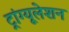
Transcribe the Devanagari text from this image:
ट्रांग्यूलेशन